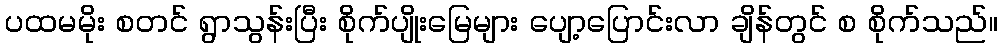
ပထမမိုး စတင် ရွာသွန်းပြီး စိုက်ပျိုးမြေများ ပျော့ပြောင်းလာ ချိန်တွင် စ စိုက်သည်။